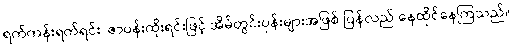
ရက်ကန်းရက်ရင်း၊ ဇာပန်းထိုးရင်းဖြင့် အိမ်တွင်းပုန်းများအဖြစ် ပြန်လည် နေထိုင်နေကြသည်။